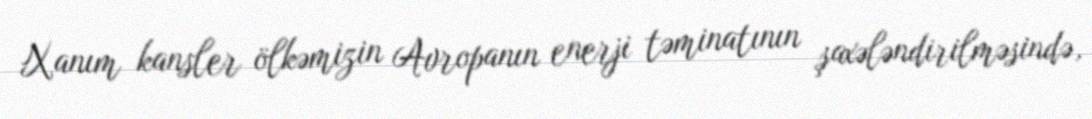
Xanım kansler ölkəmizin Avropanın enerji təminatının şaxələndirilməsində,